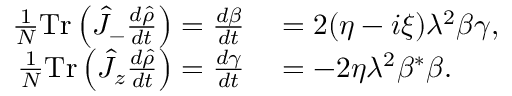
\begin{array} { r l } { \frac { 1 } { N } \mathrm { T r } \left( \hat { J } _ { - } \frac { d \hat { \rho } } { d t } \right) = \frac { d \beta } { d t } } & { { } = 2 ( \eta - i \xi ) \lambda ^ { 2 } \beta \gamma , } \\ { \frac { 1 } { N } \mathrm { T r } \left( \hat { J } _ { z } \frac { d \hat { \rho } } { d t } \right) = \frac { d \gamma } { d t } } & { { } = - 2 \eta \lambda ^ { 2 } \beta ^ { * } \beta . } \end{array}